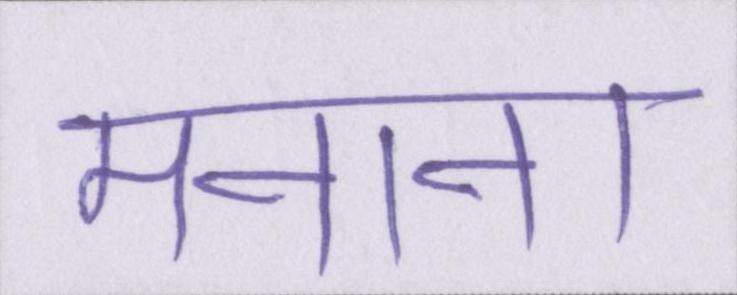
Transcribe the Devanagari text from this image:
मनाना